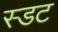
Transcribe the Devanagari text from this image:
स्डट